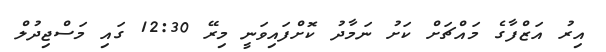
އިރު އަޒްފާގެ މައްޗަށް ކަށު ނަމާދު ކޮށްފައިވަނީ މިރޭ 12:30 ގައި މަސްޖިދުލް